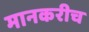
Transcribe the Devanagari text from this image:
मानकरीच